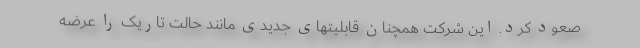
صعود کرد. این شرکت همچنان قابلیتهای جدیدی مانند حالت تاریک را عرضه